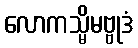
လောကသ္မိမဗ္ဗုဒံ